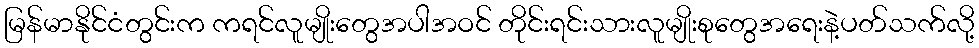
မြန်မာနိုင်ငံတွင်းက ကရင်လူမျိုးတွေအပါအဝင် တိုင်းရင်းသားလူမျိုးစုတွေအရေးနဲ့ပတ်သက်လို့